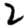
Digit: 2